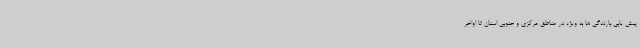
پیش یابی بارندگی ها به ویژه در مناطق مرکزی و جنوبی استان تا اواخر